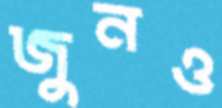
জুনও